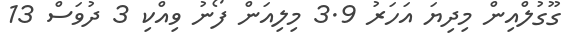
ގޫގުލްއިން މިދިޔަ އަހަރު 3.9 މިލިއަން ފޯނު ވިއްކި 3 ދުވަސް 13